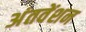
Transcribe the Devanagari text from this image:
अंतवेंशन